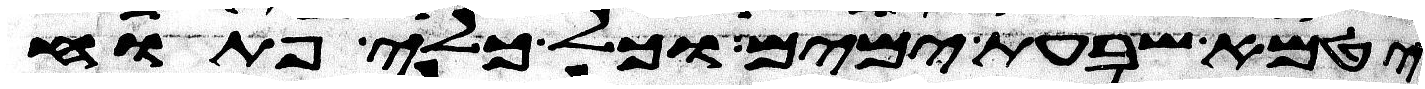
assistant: יטמא שבעת ימים וכל כלי פתוח